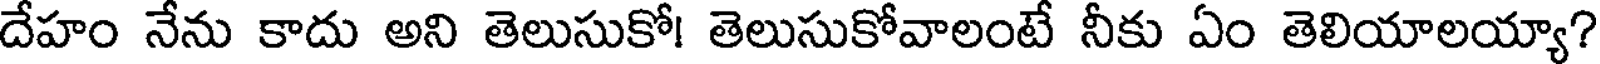
దేహం నేను కాదు అని తెలుసుకో! తెలుసుకోవాలంటే నీకు ఏం తెలియాలయ్యా?